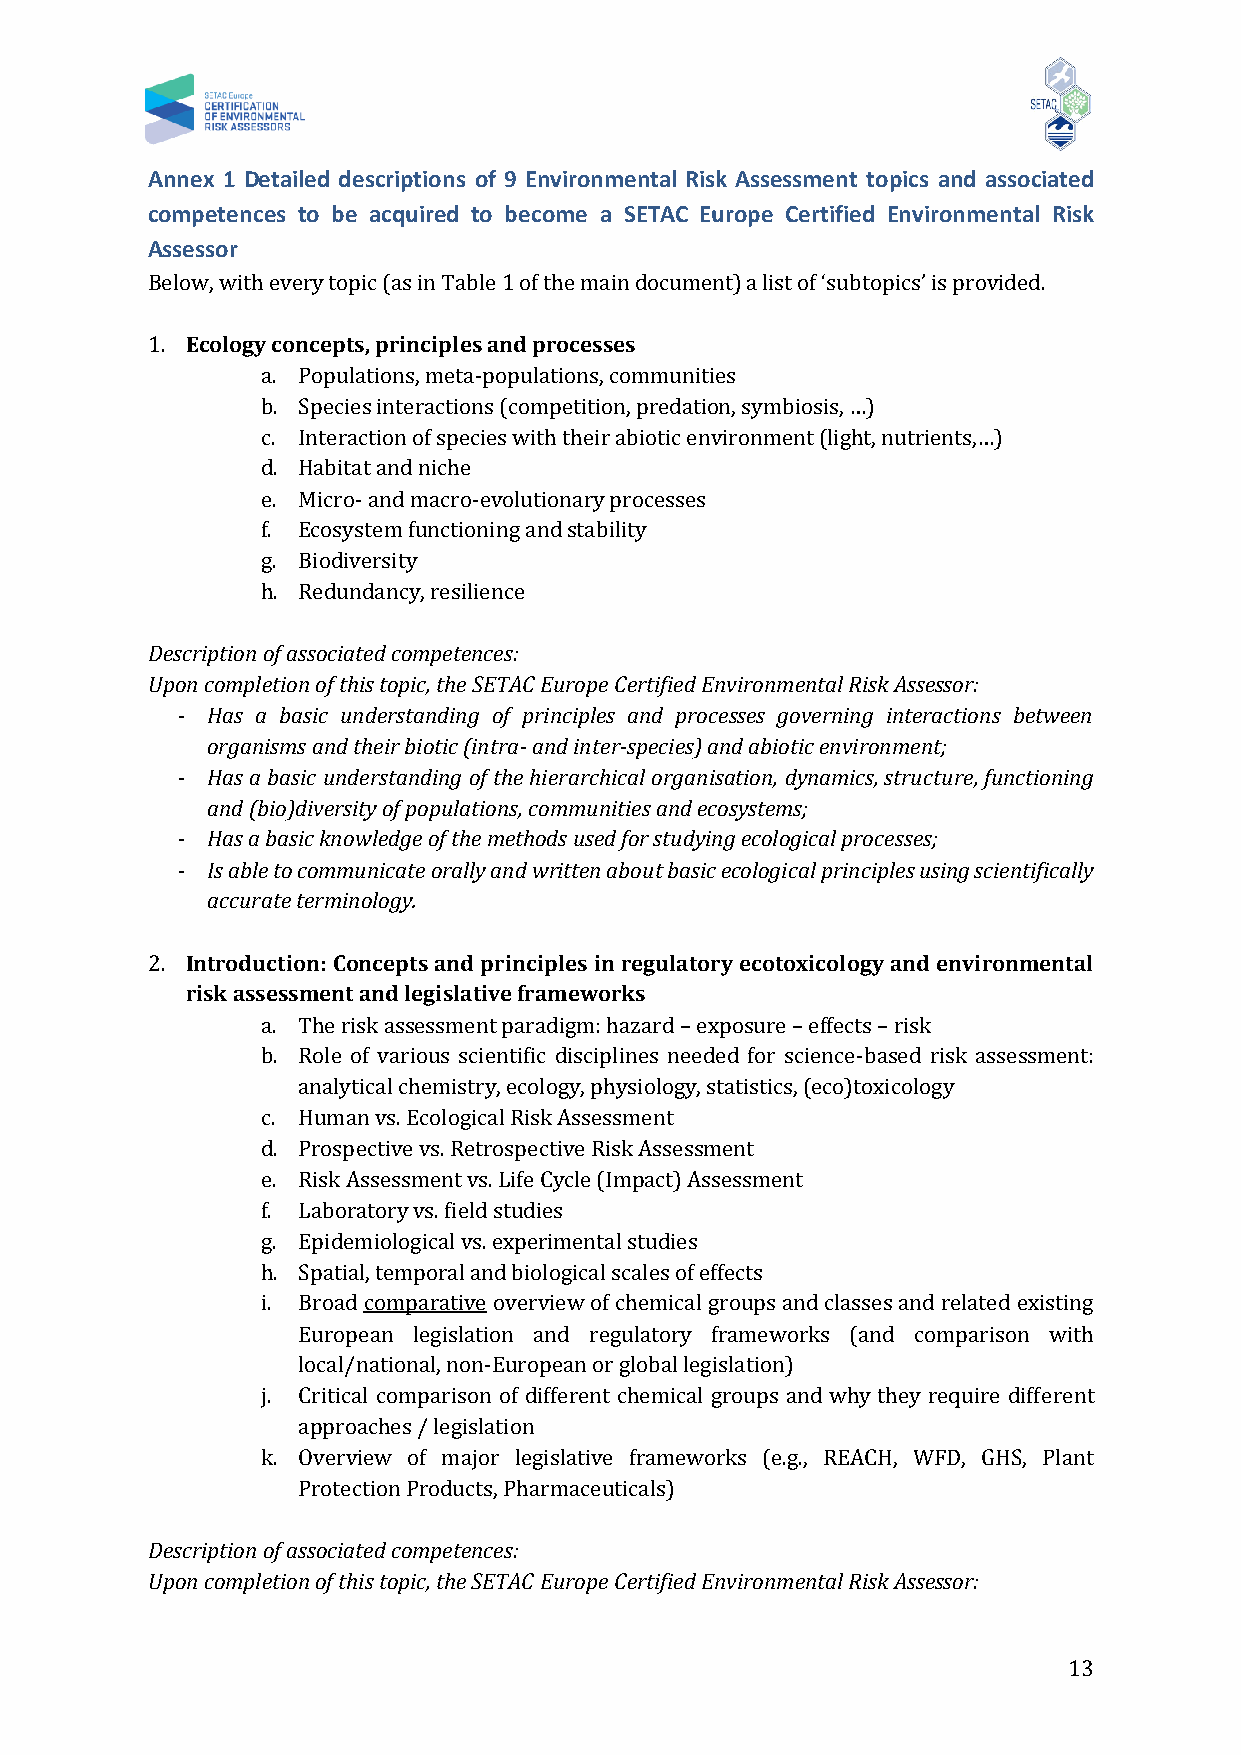
Annex 1 Detailed descriptions of 9 Environmental Risk Assessment topics and associated
 competences to be acquired to become a SETAC Europe Certified Environmental Risk
 Assessor
 Below, with every topic (as in Table 1 of the main document) a list of ‘subtopics’ is provided.
 1. Ecology concepts, principles and processes
 a. Populations, meta-populations, communities
 b. Species interactions (competition, predation, symbiosis, …)
 c. Interaction of species with their abiotic environment (light, nutrients,…)
 d. Habitat and niche
 e. Micro- and macro-evolutionary processes
 f. Ecosystem functioning and stability
 g. Biodiversity
 h. Redundancy, resilience
 Description of associated competences:
 Upon completion of this topic, the SETAC Europe Certified Environmental Risk Assessor:
 - Has a basic understanding of principles and processes governing interactions between
 organisms and their biotic (intra- and inter-species) and abiotic environment;
 - Has a basic understanding of the hierarchical organisation, dynamics, structure, functioning
 and (bio)diversity of populations, communities and ecosystems;
 - Has a basic knowledge of the methods used for studying ecological processes;
 - Is able to communicate orally and written about basic ecological principles using scientifically
 accurate terminology.
 2. Introduction: Concepts and principles in regulatory ecotoxicology and environmental
 risk assessment and legislative frameworks
 a. The risk assessment paradigm: hazard – exposure – effects – risk
 b. Role of various scientific disciplines needed for science-based risk assessment:
 analytical chemistry, ecology, physiology, statistics, (eco)toxicology
 c. Human vs. Ecological Risk Assessment
 d. Prospective vs. Retrospective Risk Assessment
 e. Risk Assessment vs. Life Cycle (Impact) Assessment
 f. Laboratory vs. field studies
 g. Epidemiological vs. experimental studies
 h. Spatial, temporal and biological scales of effects
 i. Broad comparative overview of chemical groups and classes and related existing
 European legislation and regulatory frameworks (and comparison with
 local/national, non-European or global legislation)
 j. Critical comparison of different chemical groups and why they require different
 approaches / legislation
 k. Overview of major legislative frameworks (e.g., REACH, WFD, GHS, Plant
 Protection Products, Pharmaceuticals)
 Description of associated competences:
 Upon completion of this topic, the SETAC Europe Certified Environmental Risk Assessor:
 13